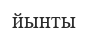
йынты